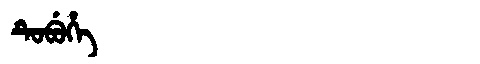
Manchu: ᡨᡠᠪᡠᡥᡝ
Romanization: TUBUHE